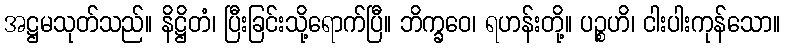
အဋ္ဌမသုတ်သည်။ နိဋ္ဌိတံ၊ ပြီးခြင်းသို့ရောက်ပြီ။ ဘိက္ခဝေ၊ ရဟန်းတို့။ ပဉ္စဟိ၊ ငါးပါးကုန်သော။